Civil Veterinary Department Bengal reports 1923-33 - 1923-1933
Year: 1923
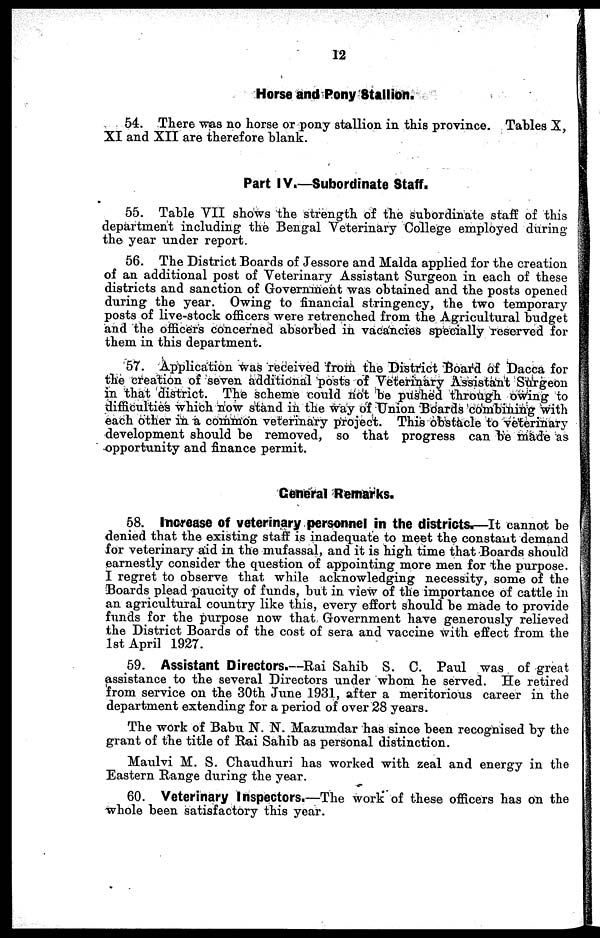
12
Horse and Pony Stallion.
54. There was no horse or pony stallion in this province. Tables X,
XI and XII are therefore blank.
Part IV.—Subordinate Staff.
55. Table VII shows the strength of the subordinate staff of this
department including the Bengal Veterinary College employed during-
the year under report.
56. The District Boards of Jessore and Malda applied for the creation
of an additional post of Veterinary Assistant Surgeon in each of these
districts and sanction of Government was obtained and the posts opened
during the year. Owing to financial stringency, the two temporary
posts of live-stock officers were retrenched from the Agricultural budget
and the officers concerned absorbed in vacancies specially reserved for
them in this department.
57. Application was received from the District Board of Dacca for
the creation of seven additional posts of Veterinary Assistant Surgeon
in that district. The scheme could not be pushed through owing to
difficulties which now stand in the way of Union Boards combining with
each other in a common veterinary project. This obstacle to veterinary
development should be removed, so that progress can be made as
opportunity and finance permit.
Ceneral Remarks.
58. Increase of veterinary personnel in the districts.—It cannot be
denied that the existing staff is inadequate to meet the constant demand
for veterinary aid in the mufassal, and it is high time that Boards should
earnestly consider the question of appointing more men for the purpose.
I regret to observe that while acknowledging necessity, some of the
Boards plead paucity of funds, but in view of the importance of cattle in
an agricultural country like this, every effort should be made to provide
funds for the purpose now that Government have generously relieved
the District Boards of the cost of sera and vaccine with effect from the
1st April 1927.
59. Assistant Directors.—Rai Sahib S. C. Paul was of great
assistance to the several Directors under whom he served. He retired
from service on the 30th June 1931, after a meritorious career in the
department extending for a period of over 28 years.
The work of Babu N. N. Mazumdar has since been recognised by the
grant of the title of Rai Sahib as personal distinction.
Maulvi M. S. Chaudhuri has worked with zeal and energy in the
Eastern Range during the year.
60. Veterinary Inspectors.—The work of these officers has on the
whole been satisfactory this year.